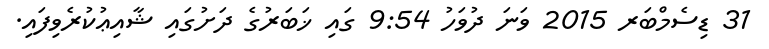
31 ޑިސެމްބަރ 2015 ވަނަ ދުވަހު 9:54 ގައި ޚަބަރުގެ ދަށުގައި ޝާއިޢުކުރެވިފައި.